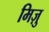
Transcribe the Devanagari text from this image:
मिज़ु